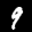
Label: 9